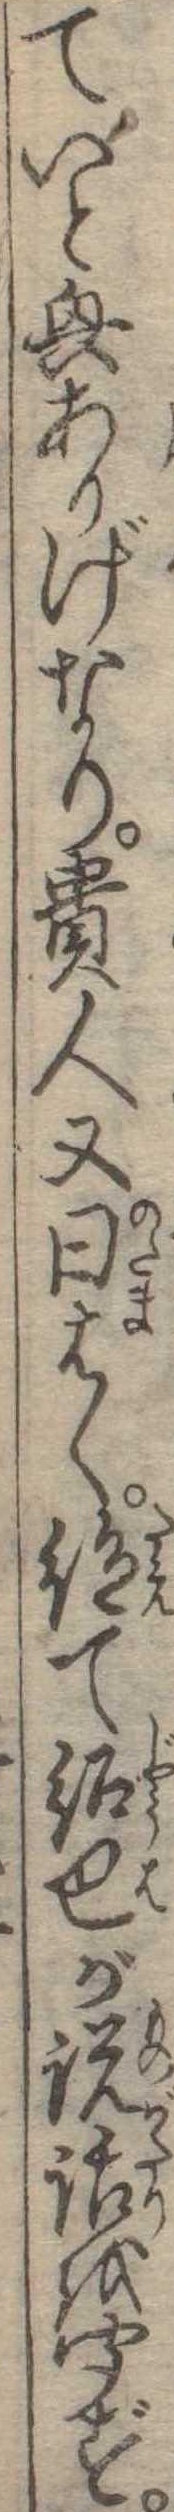
ていと興ありげなり貴人又曰はく絶て紹巴が説話を聞ず